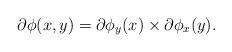
LaTeX: \begin{align*}\partial \phi(x,y) = \partial \phi_y(x) \times \partial \phi_x(y).\end{align*}